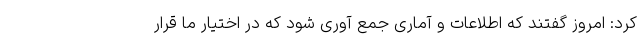
کرد: امروز گفتند که اطلاعات و آماری جمع آوری شود که در اختیار ما قرار